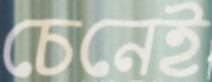
চেনেই